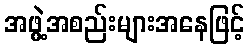
အဖွဲ့အစည်းများအနေဖြင့်